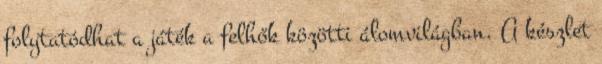
folytatódhat a játék a felhők közötti álomvilágban. A készlet